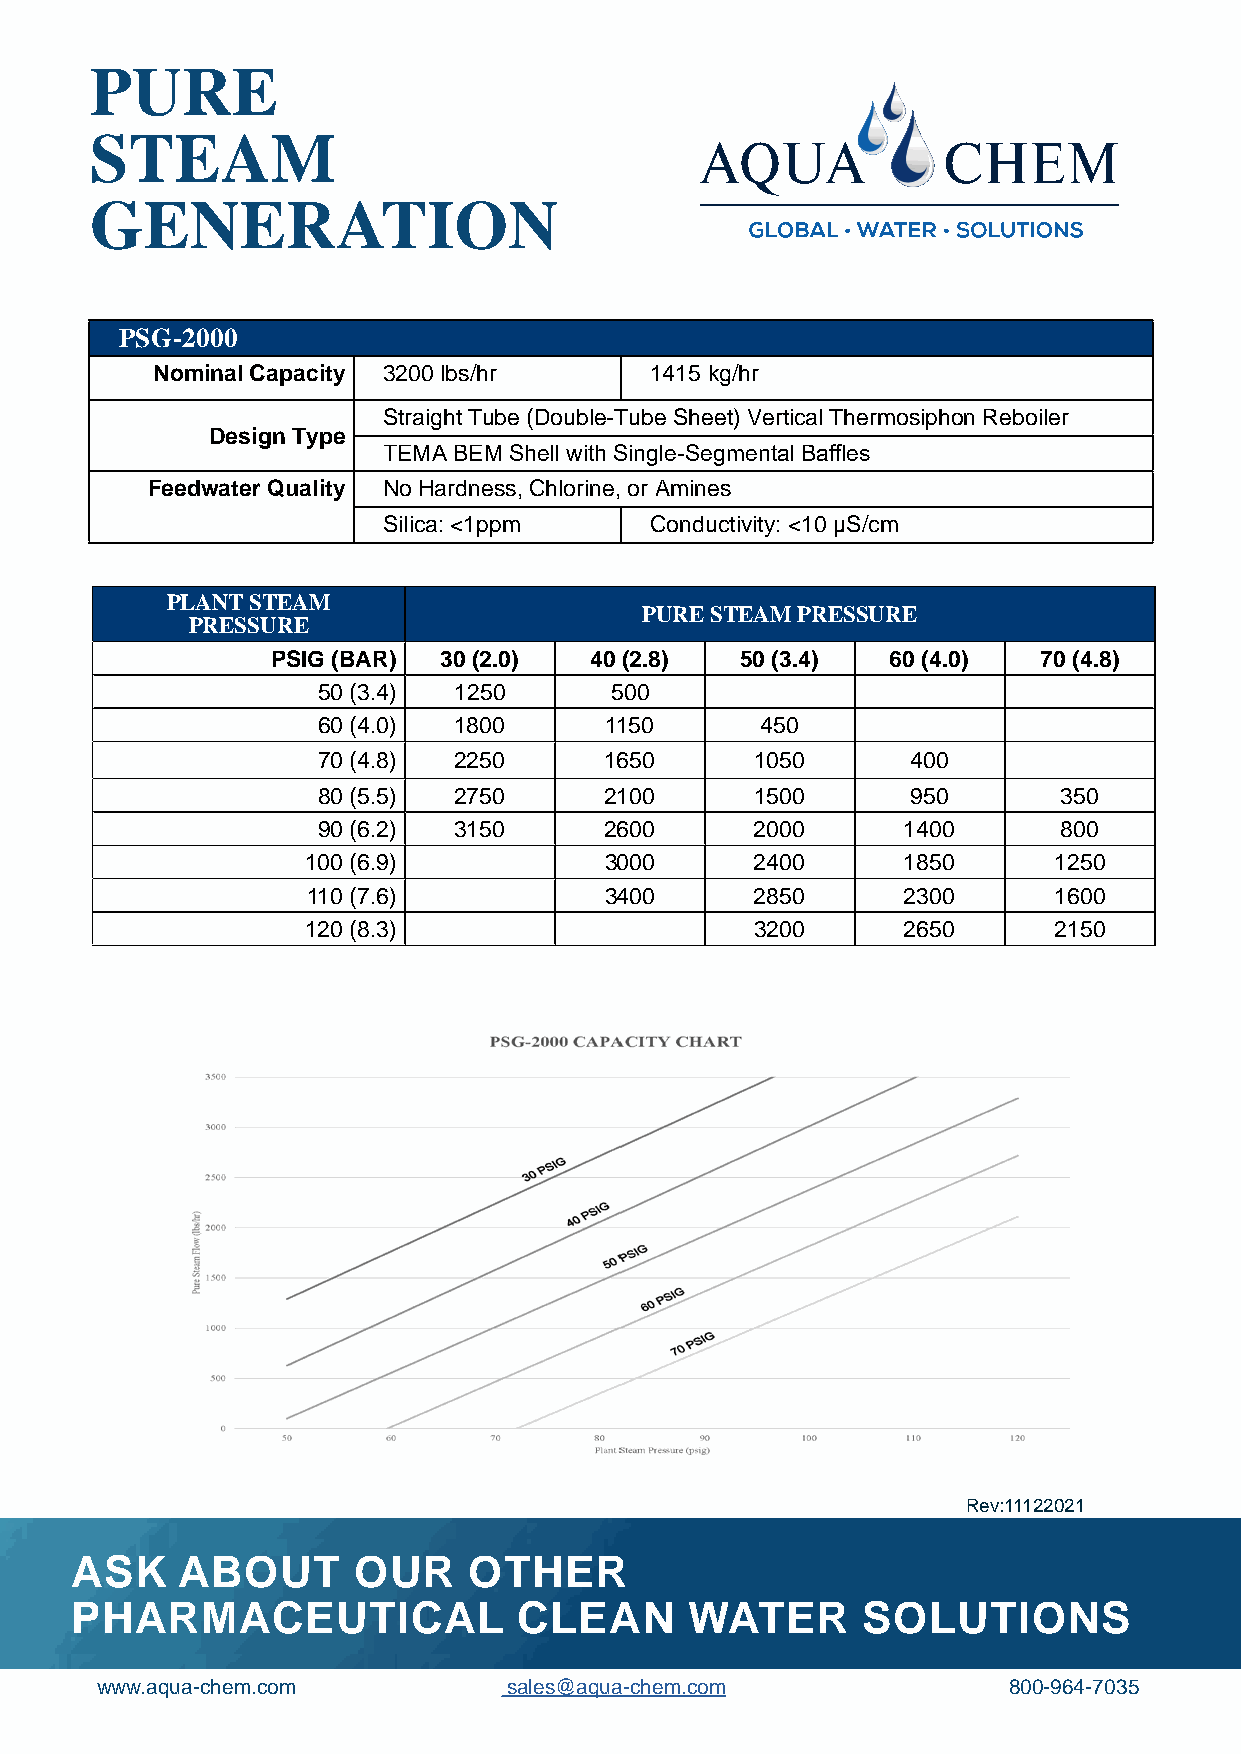
PURE
 STEAM
 GENERATION
 PSG-2000
 Nominal Capacity 3200 lbs/hr     1415 kg/hr
 Straight Tube (Double-Tube Sheet) Vertical Thermosiphon Reboiler
 Design Type
 TEMA BEM Shell with Single-Segmental Baffles
 Feedwater Quality No Hardness, Chlorine, or Amines
 Silica: <1ppm     Conductivity: <10 µS/cm
 PLANT STEAM
 PURE STEAM PRESSURE
 PRESSURE
 PSIG (BAR) 30 (2.0)  40 (2.8)  50 (3.4)  60 (4.0)  70 (4.8)
 50 (3.4) 1250      500
 60 (4.0) 1800      1150      450
 70 (4.8) 2250      1650      1050      400
 80 (5.5) 2750      2100      1500      950       350
 90 (6.2) 3150      2600      2000      1400      800
 100 (6.9)           3000      2400      1850      1250
 110 (7.6)           3400      2850      2300      1600
 120 (8.3)                     3200      2650      2150
 Rev:11122021
 ASK    ABOUT      OUR     OTHER
 PHARMACEUTICAL               CLEAN       WATER      SOLUTIONS
 www.aqua-chem.com           sales@aqua-chem.com              800-964-7035